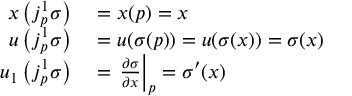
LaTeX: \begin{array} { r l } { x \left( j _ { p } ^ { 1 } \sigma \right) } & { { } = x ( p ) = x } \\ { u \left( j _ { p } ^ { 1 } \sigma \right) } & { { } = u ( \sigma ( p ) ) = u ( \sigma ( x ) ) = \sigma ( x ) } \\ { u _ { 1 } \left( j _ { p } ^ { 1 } \sigma \right) } & { { } = \left. { \frac { \partial \sigma } { \partial x } } \right| _ { p } = \sigma ^ { \prime } ( x ) } \end{array}